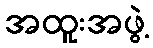
အထူးအဖွဲ့